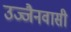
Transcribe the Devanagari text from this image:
उज्जैनवासी